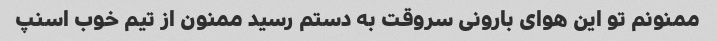
ممنونم تو این هوای بارونی سروقت به دستم رسید ممنون از تیم خوب اسنپ